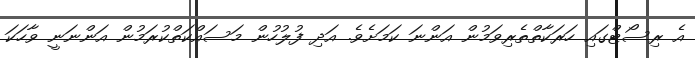
އެ ރިސޯޓްގައި ހަރަކާތްތެރިވަމުން އަންނަ ކަމަށެވެ. އަދި ފުލުހުން މަސައްކަތްކުރަމުން އަންނަނީ ވާހަކަ